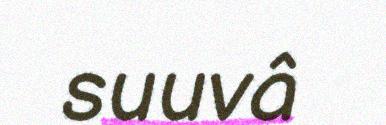
suuvâ